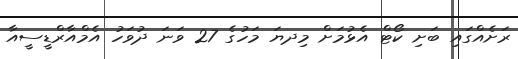
ރަށެއްގައި ބަށި ކޯޓް އެޅުމަށް މިދޔަ މަހުގެ 27 ވަނަ ދުވަހު އެމްއާރްޑީސީއާ